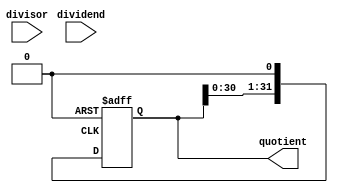
module non_restoring_divider (
    input [31:0] dividend,
    input [31:0] divisor,
    output reg [31:0] quotient
);

reg [31:0] remainder;
reg [31:0] neg_divisor;
reg state;

always @(posedge clk or posedge rst) begin
    if (rst) begin
        state <= 0;
        remainder <= dividend;
        quotient <= 0;
        neg_divisor <= ~divisor + 1;
    end else begin
        case (state)
            0: begin
                if (remainder < 0)
                    remainder <= remainder + divisor;
                else
                    remainder <= remainder - divisor;
                quotient <= quotient << 1;
                if (remainder < 0)
                    state <= 1;
            end
            1: begin
                remainder <= remainder + divisor;
                quotient[0] <= 1;
                quotient <= quotient << 1;
                state <= 0;
            end
        endcase
    end
end

endmodule